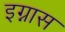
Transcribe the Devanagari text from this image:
इग्नास